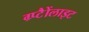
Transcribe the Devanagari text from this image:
ग्र्प्टैैोंलाइट